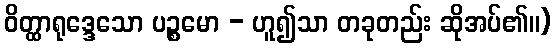
ဝိတ္ထာရုဒ္ဒေသော ပဉ္စမော - ဟူ၍သာ တခုတည်း ဆိုအပ်၏။)